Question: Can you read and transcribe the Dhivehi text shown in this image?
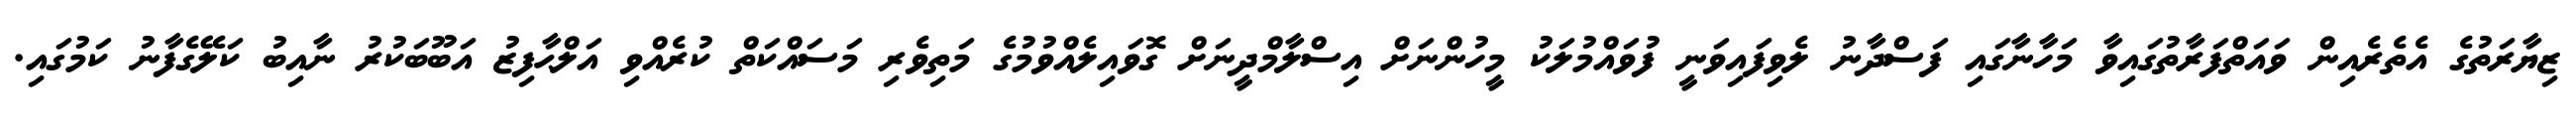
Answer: ޒިޔާރަތުގެ އެތެރެއިން ވައަތްފަރާތުގައިވާ މަހާނާގައި ފަސްދާނު ލެވިފައިވަނީ ފުވައްމުލަކު މީހުންނަށް އިސްލާމްދީނަށް ގޮވައިލެއްވުމުގެ މަތިވެރި މަސައްކަތް ކުރެއްވި އަލްޙާފިޒު އަބޫބަކުރު ނާއިބު ކަލޭގެފާނު ކަމުގައި.